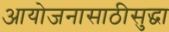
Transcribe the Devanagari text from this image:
आयोजनासाठीसुद्धा